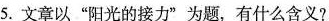
5.文章以”阳光的接力”为题，有什么含义?